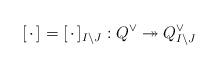
LaTeX: \begin{align*} [\,\cdot\,]=[\,\cdot\,]_{I \setminus J} : Q^{\vee} \twoheadrightarrow Q_{I \setminus J}^{\vee}\end{align*}